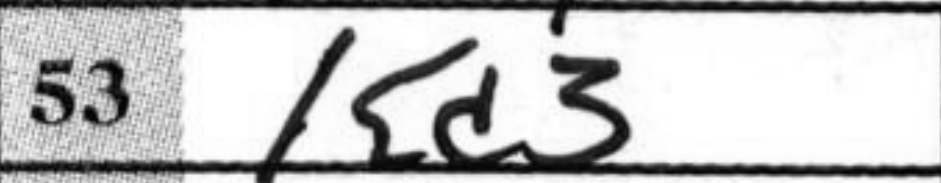
Transcription: Kd3